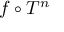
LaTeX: f \circ T ^ { n }